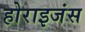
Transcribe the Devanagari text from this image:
होराइजंस